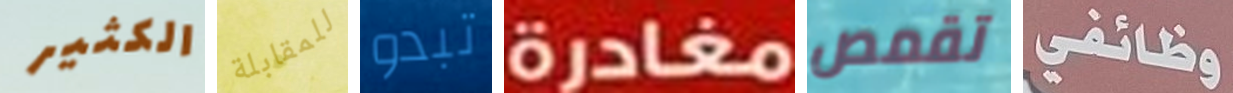
الكثير للمقابلة تبدو مغادرة تقمص وظائفي